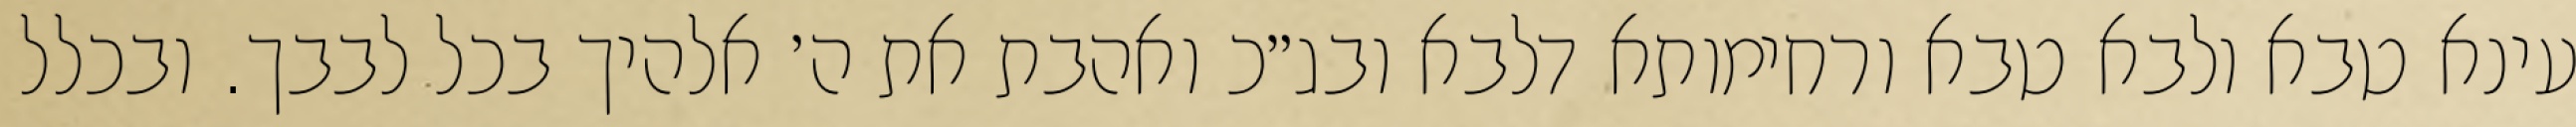
עינא טבא ולבא טבא ורחימותא דלבא ובג״כ ואהבת את ה׳ אלהיך בכל לבבך. ובכלל